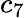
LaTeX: c_{7}